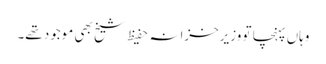
وہاں پہنچا تو وزیرخزانہ حفیظ شیخ بھی موجود تھے۔